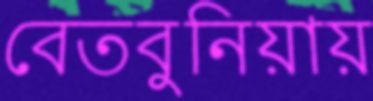
বেতবুনিয়ায়